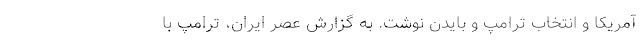
آمریکا و انتخاب ترامپ و بایدن نوشت. به گزارش عصر ایران، ترامپ با